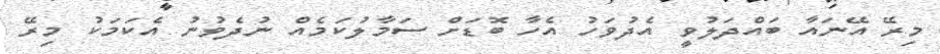
މިރޭ އޭނައާ ބައްދަލުވީ އެދުވަހު އެހާ ބޮޑަށް ސަމާލުކަމެއް ނުދެވުނު އެކަމަކު މިރޭ